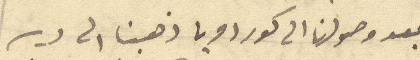
بعدوصولنا الى كوردوبا ذهبنا الى دير